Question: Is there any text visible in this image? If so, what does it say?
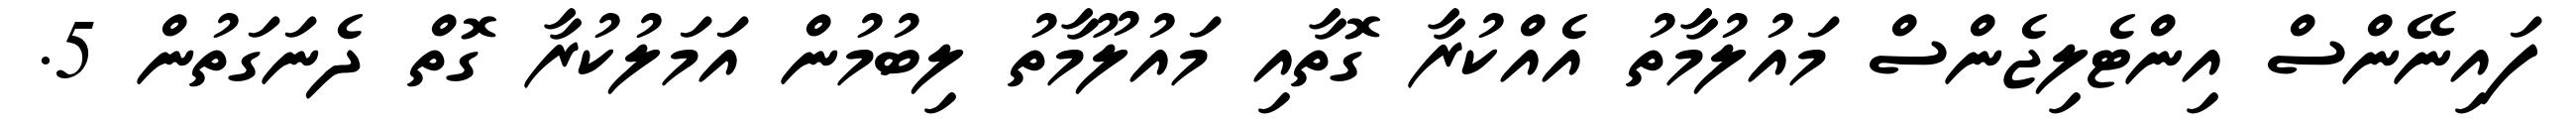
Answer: ފައިނޭންސް އިންޓެލިޖެންސް މައުލުމާތު އެއްކުރާ ގޮތާއި މައުލޫމާތު ލިބުމުން އަމަލުކުރާ ގޮތް ދެނަގަތުން 5.